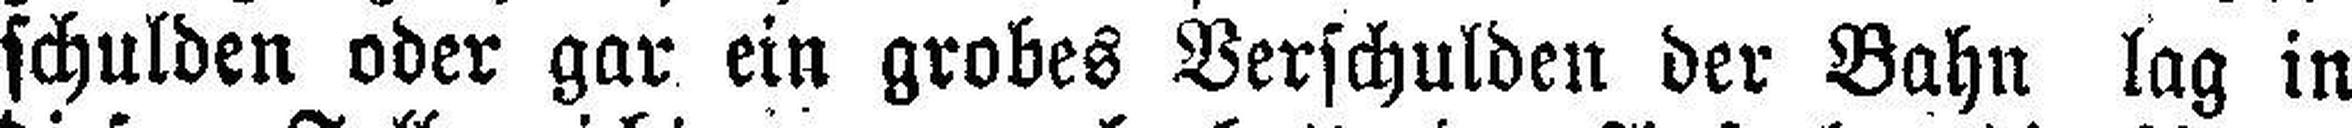
schulden oder gar ein grobes Verschulden der Bahn lag in